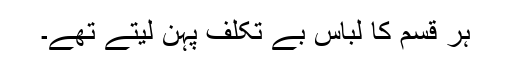
ہر قسم کا لباس بے تکلف پہن لیتے تھے۔